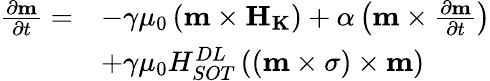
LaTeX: \begin{array}{ll}{\frac{{\partial}{\mathbf{m}}}{{\partial}t}=}&{-\gamma{\mu}_{0}\left({\mathbf{m}}\times{\mathbf{{H}}}_{\mathbf{{K}}}\right)+\alpha\left({\mathbf{m}}\times\frac{{\partial}{\mathbf{m}}}{{\partial}t}\right)}\\ &{+\gamma{\mu}_{0}H_{{SOT}}^{{DL}}\left(\left({\mathbf{m}}\times{\mathbf{\sigma}}\right)\times{\mathbf{m}}\right)}\end{array}